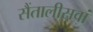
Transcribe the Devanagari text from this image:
सैंतालीसवां